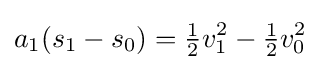
a_{1}(s_{1}-s_{0})={\tfrac {1}{2}}v_{1}^{2}-{\tfrac {1}{2}}v_{0}^{2}